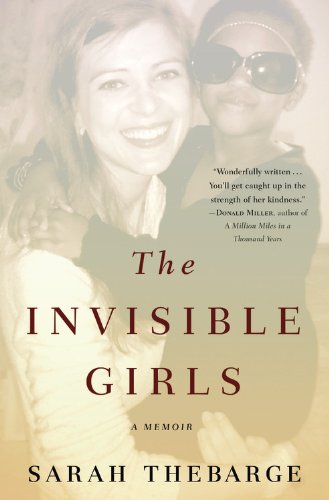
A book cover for The Invisible Girls: A Memoir; Sarah Thebarge; Politics & Social Sciences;